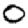
Digit: 0